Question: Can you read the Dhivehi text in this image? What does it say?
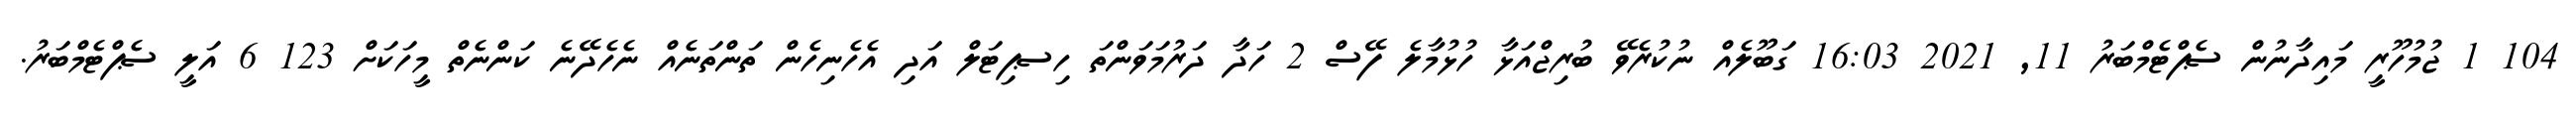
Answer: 104 1 ޖުމުހޫރީ މައިދާނުން ސެޕްޓެމްބަރު 11, 2021 16:03 ގަބޫލެއް ނުކުރެވޭ ބުރިޖްއަޅާ ހުޅުމާލެ ފޭސް 2 ހަދާ ދަރުމަވަންތަ ހިސޕިޓަލް އަދި އެހެނިހެން ތަންތަނެއް ނެހެދޭނެ ކަންނެތް މީހަކަށް 123 6 އަލީ ސެޕްޓެމްބަރު.